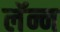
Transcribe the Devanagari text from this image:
लॅन्न